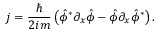
j = { \frac { \hbar } { 2 i m } } \left( \hat { \phi } ^ { * } \partial _ { x } \hat { \phi } - \hat { \phi } \partial _ { x } \hat { \phi } ^ { * } \right) . \nonumber